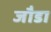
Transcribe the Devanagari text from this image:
जौडा